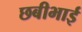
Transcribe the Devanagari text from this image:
छबीभाई